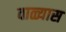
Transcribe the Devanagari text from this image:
वाळ्यास